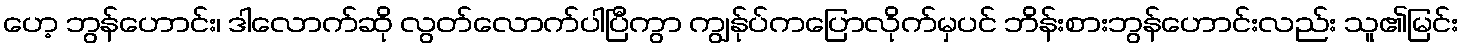
ဟေ့ ဘွန်ဟောင်း၊ ဒါလောက်ဆို လွတ်လောက်ပါပြီကွာ ကျွန်ုပ်ကပြောလိုက်မှပင် ဘိန်းစားဘွန်ဟောင်းလည်း သူ၏မြင်း